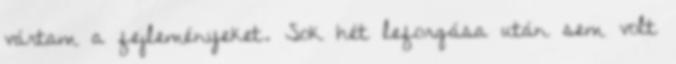
vártam a fejleményeket. Sok hét leforgása után sem volt